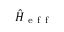
\hat { H } _ { \mathrm { ~ e ~ f ~ f ~ } }